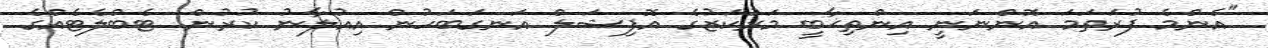
"އެންމެ ފުރަތަމަ އޮންނަނީ އިންތިޚާބީ މަރުކަޒުގެ އޮފިޝަލް އަނގަބަހުން އިއުލާނު ކުރުން. ޓެބްލެޓެއްގެ